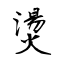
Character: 燙